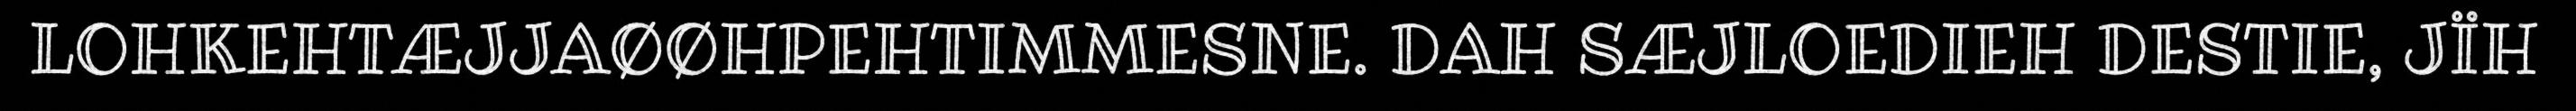
LOHKEHTÆJJAØØHPEHTIMMESNE. DAH SÆJLOEDIEH DESTIE, JÏH